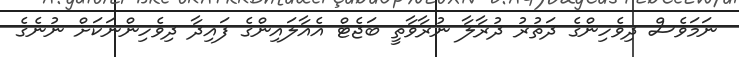
ނަމަވެސް ދިވެހިންގެ ދަތުރު ދުރާލާ ނުރާވާތީ ބަޖެޓް އެއާލައިންގެ ފައިދާ ދިވެހިންނަކަށް ނުނެގެ